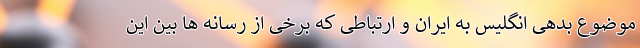
موضوع بدهی انگلیس به ایران و ارتباطی که برخی از رسانه ها بین این